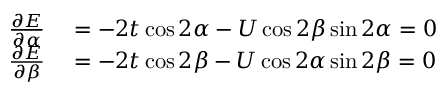
\begin{array} { r l } { \frac { \partial E } { \partial \alpha } } & { { } = - 2 t \cos 2 \alpha - U \cos 2 \beta \sin 2 \alpha = 0 } \\ { \frac { \partial E } { \partial \beta } } & { { } = - 2 t \cos 2 \beta - U \cos 2 \alpha \sin 2 \beta = 0 } \end{array}